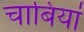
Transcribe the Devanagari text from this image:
चाबियां